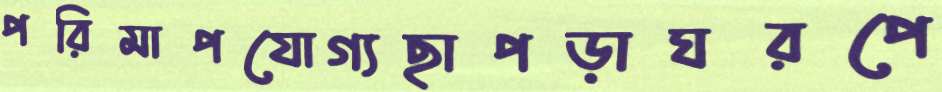
পরিমাপযোগ্যছাপড়াঘরপে